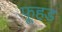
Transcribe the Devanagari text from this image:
फूहड